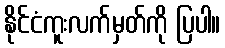
နိုင်ငံကူးလက်မှတ်ကို ပြပါ။